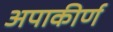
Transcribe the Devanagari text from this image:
अपाकीर्ण